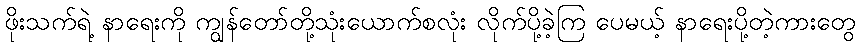
ဖိုးသက်ရဲ့ နာရေးကို ကျွန်တော်တို့သုံးယောက်စလုံး လိုက်ပို့ခဲ့ကြ ပေမယ့် နာရေးပို့တဲ့ကားတွေ